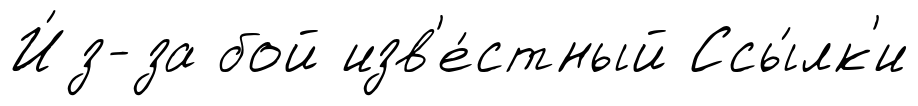
И́з-за бой изв'е́стный Ссы́лк'и